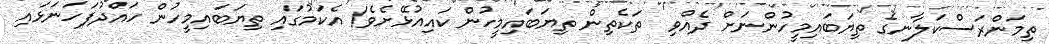
ތިމަންރަސްކަލާނގެ ތިޔަބައިމީހުންނަށް ދެއްވި  ތަކެތިން ތިޔަބައިމީހުން ކައިއުޅޭށެވެ! އެކަމުގައި ތިޔަބައިމީހުން ހައްދުފަހަނަޅައި